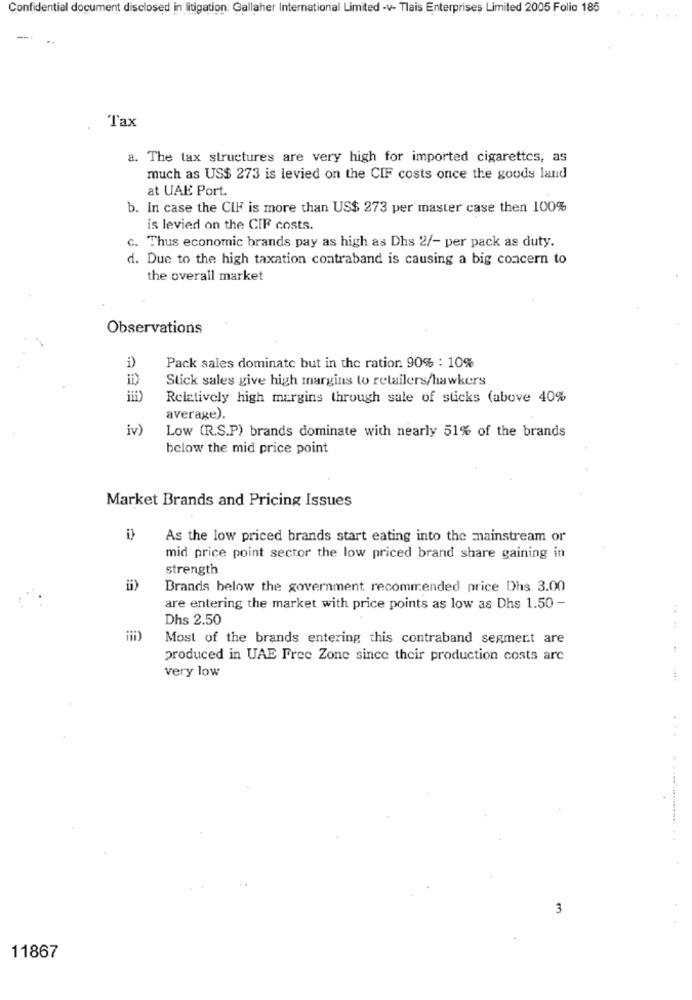
Confidential document disclosed in litigation: Gallaher International Limited -v- Tlais Enterprises Limited 2005 Folio 185
-
Tax
a. The tax structures are very high for imported cigarettes, as
much as US$ 273 is levied on the CIF costs once the goods land
at UAE Port.
b. In case the CIF is more than US$ 273 per master case then 100%
is levied on the CIF costs.
c. Thus economic brands pay as high as Dhs 2/- per pack as duty.
d. Due to the high taxation contraband is causing a big concern to
the overall market
Observations
i)
Pack sales dominate but in the ratior. 90% : 10%
Stick sales give high margins to retailers/hawkers
Relatively high margins through sale of sticks (above 40%
average).
iv)
Low (R.S.P) brands dominate with nearly 51% of the brands
below the mid price point
Market Brands and Pricing Issues
As the low priced brands start eating into the mainstream or
mid price point sector the low priced brand share gaining in
strength
ii)
Brands below the government recommended price Dhs 3.00
are entering the market with price points as low as Dhs 1.50 -
Dhs 2.50
Most of the brands entering this contraband segment are
produced in UAE Free Zone since their production costs are
very low
3
11867